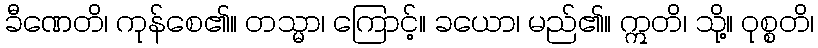
ခီဏေတိ၊ ကုန်စေ၏။ တသ္မာ၊ ကြောင့်။ ခယော၊ မည်၏။ ဣတိ၊ သို့။ ဝုစ္စတိ၊